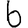
Digit: 6